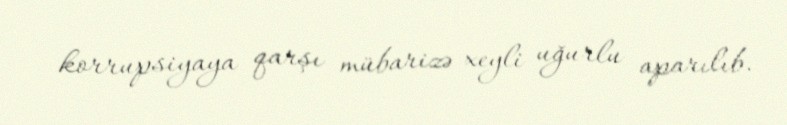
korrupsiyaya qarşı mübarizə xeyli uğurlu aparılıb.